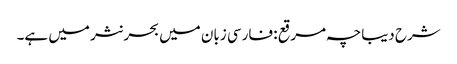
شرح دیباچہ مرقع : فارسی زبان میں بحر نثر میں ہے۔